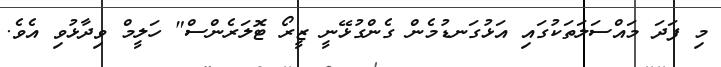
މި ފަދަ މައްސަލަތަކުގައި އަޅުގަނޑުމެން ގެންގުޅޭނީ ޒީރޯ ޓޮލަރެންސް" ހަލީމް ވިދާޅުވި އެވެ.